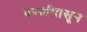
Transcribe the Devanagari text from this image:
दर्ग्यापासून